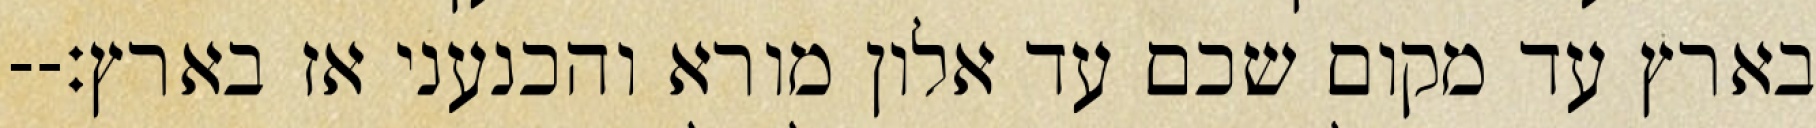
בארץ עד מקום שכם עד אלון מורא והכנעני אז בארץ׃--